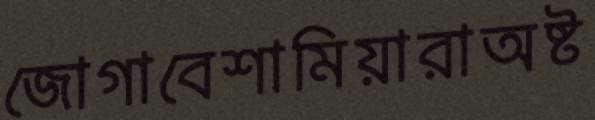
জোগাবেশামিয়ারাঅষ্ট